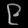
Digit: ၉